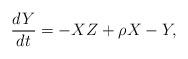
LaTeX: \begin{align*}\frac{dY}{dt}=-XZ+\rho X-Y, \end{align*}